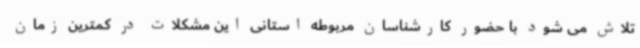
تلاش می شود با حضور کارشناسان مربوطه استانی این مشکلات در کمترین زمان